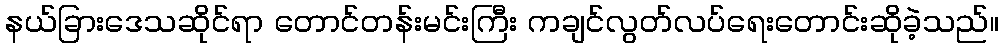
နယ်ခြားဒေသဆိုင်ရာ တောင်တန်းမင်းကြီး ကချင်လွတ်လပ်ရေးတောင်းဆိုခဲ့သည်။